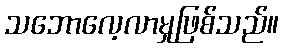
သဘောလေ့လာမှုဖြစ်သည်။